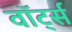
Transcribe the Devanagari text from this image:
वॉर्ट्स